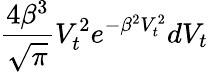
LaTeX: \frac{4\beta^{3}}{\sqrt{\pi}}V_{t}^{2}e^{-\beta^{2}V_{t}^{2}}dV_{t}